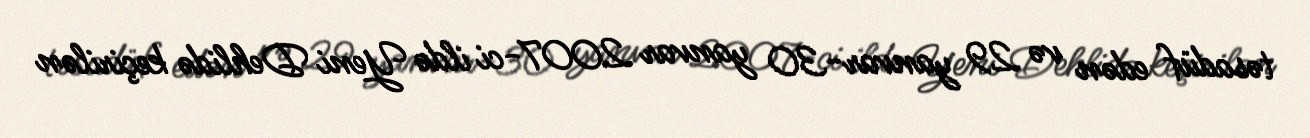
təsadüf edən və 29 yanvar-30 yanvar 2007-ci ildə Yeni Dehlidə keçirilən